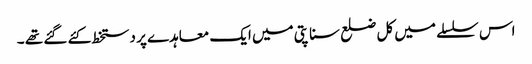
اس سلسلے میں کل ضلع سناپتی میں ایک معاہدے پر دستخط کئے گئے تھے ۔